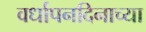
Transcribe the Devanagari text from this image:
वर्धापनदिनाच्या